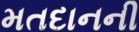
મતદાનની